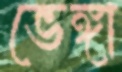
ভেঙ্গা